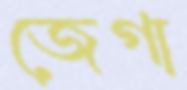
জেগা